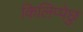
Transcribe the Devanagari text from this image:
किलिप्पेछु